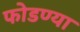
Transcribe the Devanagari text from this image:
फोडण्या